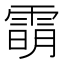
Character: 𬯿